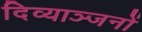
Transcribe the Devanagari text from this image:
दिव्याञ्जनों